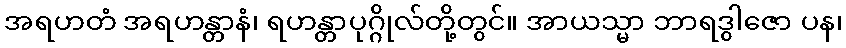
အရဟတံ အရဟန္တာနံ၊ ရဟန္တာပုဂ္ဂိုလ်တို့တွင်။ အာယသ္မာ ဘာရဒွါဇော ပန၊